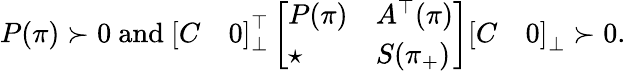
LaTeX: P(\pi)\succ 0\mathrm{~and~}\left[\begin{array}{l}{\begin{array}{ll}{C}&{0}\end{array}}\end{array}\right]_{\perp}^{\top}\left[\begin{array}{l}{\begin{array}{ll}{P(\pi)}&{A^{\top}(\pi)}\\ {\star}&{S(\pi_{+})}\end{array}}\end{array}\right]\left[\begin{array}{l}{\begin{array}{ll}{C}&{0}\end{array}}\end{array}\right]_{\perp}\succ 0.